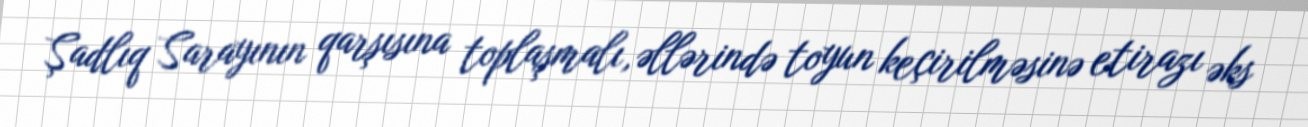
Şadlıq Sarayının qarşısına toplaşmalı, əllərində toyun keçirilməsinə etirazı əks